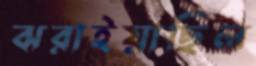
ঝরাইয়াছিল